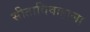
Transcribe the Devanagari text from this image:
सीताविवाहाला